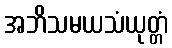
အဘိသမယသံယုတ္တံ